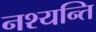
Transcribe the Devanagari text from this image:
नश्यन्ति